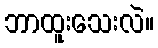
ဘာထူးသေးလဲ။